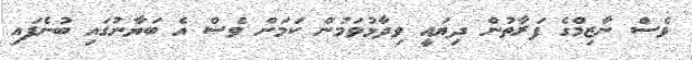
ވެސް ނާޒިމްގެ ފަރާތުން ދިޔައީ ވިދާޅުވަމުން ކަމަށް ވެސް އެ ބަޔާނުގައި ބުނެފައި